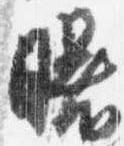
曙